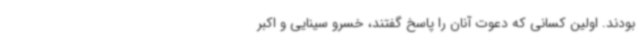
بودند. اولین کسانی که دعوت آنان را پاسخ گفتند، خسرو سینایی و اکبر